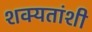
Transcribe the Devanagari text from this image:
शक्यतांशी